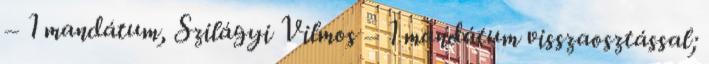
– 1 mandátum, Szilágyi Vilmos – 1 mandátum visszaosztással;